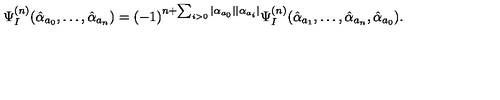
\Psi _ { I } ^ { ( n ) } ( \hat { \alpha } _ { a _ { 0 } } , \ldots , \hat { \alpha } _ { a _ { n } } ) = ( - 1 ) ^ { n + \sum _ { i > 0 } | \alpha _ { a _ { 0 } } | | \alpha _ { a _ { i } } | } \Psi _ { I } ^ { ( n ) } ( \hat { \alpha } _ { a _ { 1 } } , \ldots , \hat { \alpha } _ { a _ { n } } , \hat { \alpha } _ { a _ { 0 } } ) .